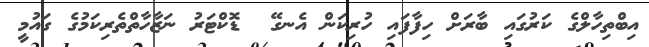
އިބްތިހާލްގެ ކަރުގައި ބާރަށް ހިފާފައި ހުރިކަން އެނގޭ  ޑޮކްޓަރު ނަޒާހާތްތެރިކަމުގެ ގައުމީ